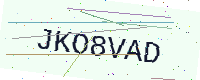
Text: JKO8VAD